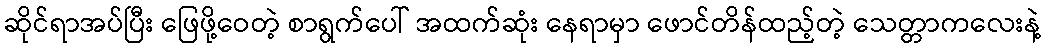
ဆိုင်ရာအပ်ပြီး ဖြေဖို့ဝေတဲ့ စာရွက်ပေါ် အထက်ဆုံး နေရာမှာ ဖောင်တိန်ထည့်တဲ့ သေတ္တာကလေးနဲ့